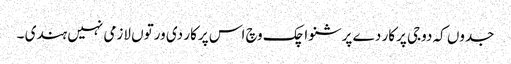
جدوں کہ دوجی پرکار دے پرشنواچک وچ اس پرکار دی ورتوں لازمی نہیں ہندی ۔